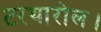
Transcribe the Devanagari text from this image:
टरथारोल।